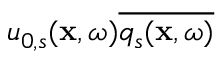
u _ { 0 , s } ( \mathbf { x } , \omega ) \overline { { q _ { s } ( \mathbf { x } , \omega ) } }